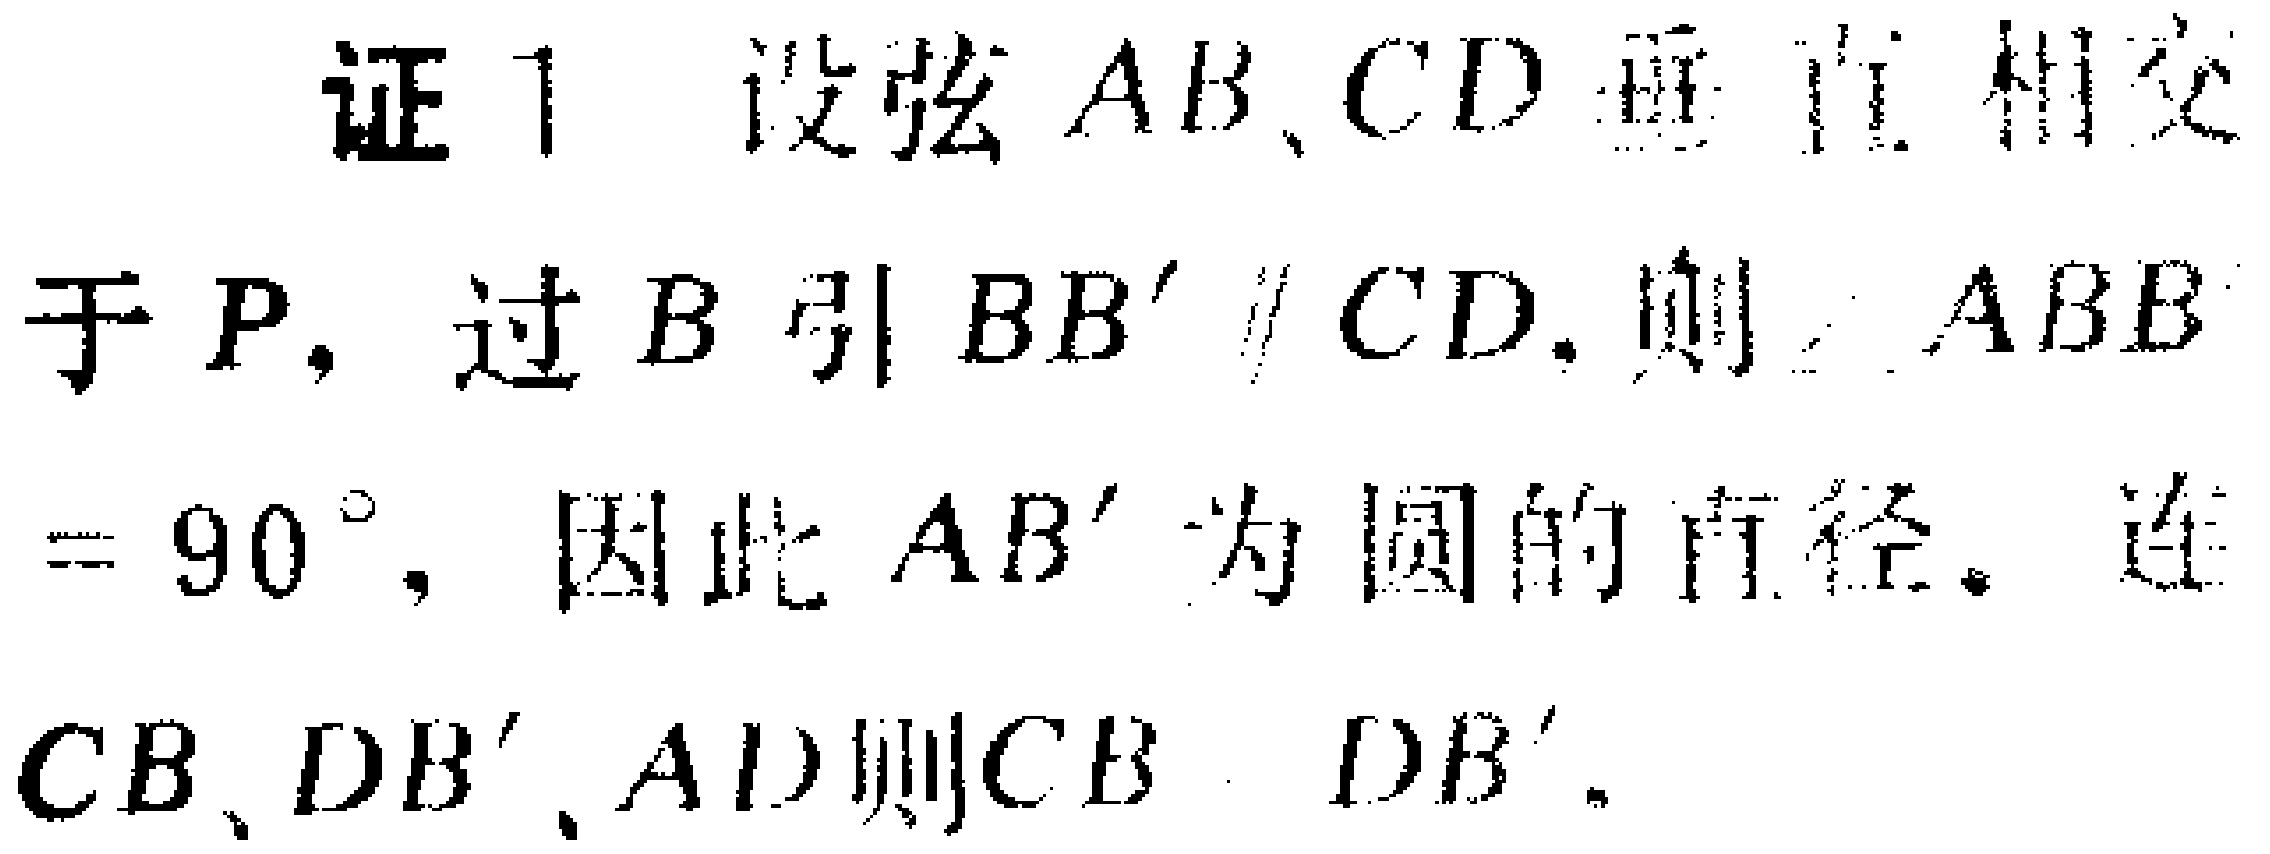
证1 设弦 \(AB、CD\) 垂直相交于 \(P\)，过 \(B\) 引 \(BB'\parallel CD\)，则 \(\angle ABB' = 90^{\circ}\)，因此 \(AB'\) 为圆的直径。连 \(CB、DB'、AD\) 则 \(CB\)  \(DB'\)。